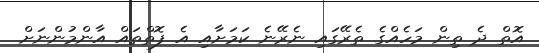
އޮތް ދެ ތިން މަހެއްގެ ތެރޭގައި ނެރޭނެ ކަމަށާއި އެ ފޮތްތައް އާންމުންނަށް